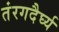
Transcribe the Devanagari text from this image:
तंरगदैर्घ्य